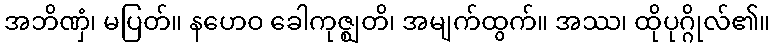
အဘိဏှံ၊ မပြတ်။ နဟေဝ ခေါကုဇ္ဈတိ၊ အမျက်ထွက်။ အဿ၊ ထိုပုဂ္ဂိုလ်၏။